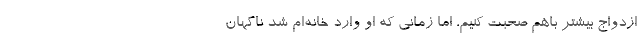
ازدواج بیشتر باهم صحبت کنیم، اما زمانی که او وارد خانه‌ام شد ناگهان